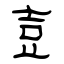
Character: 壴